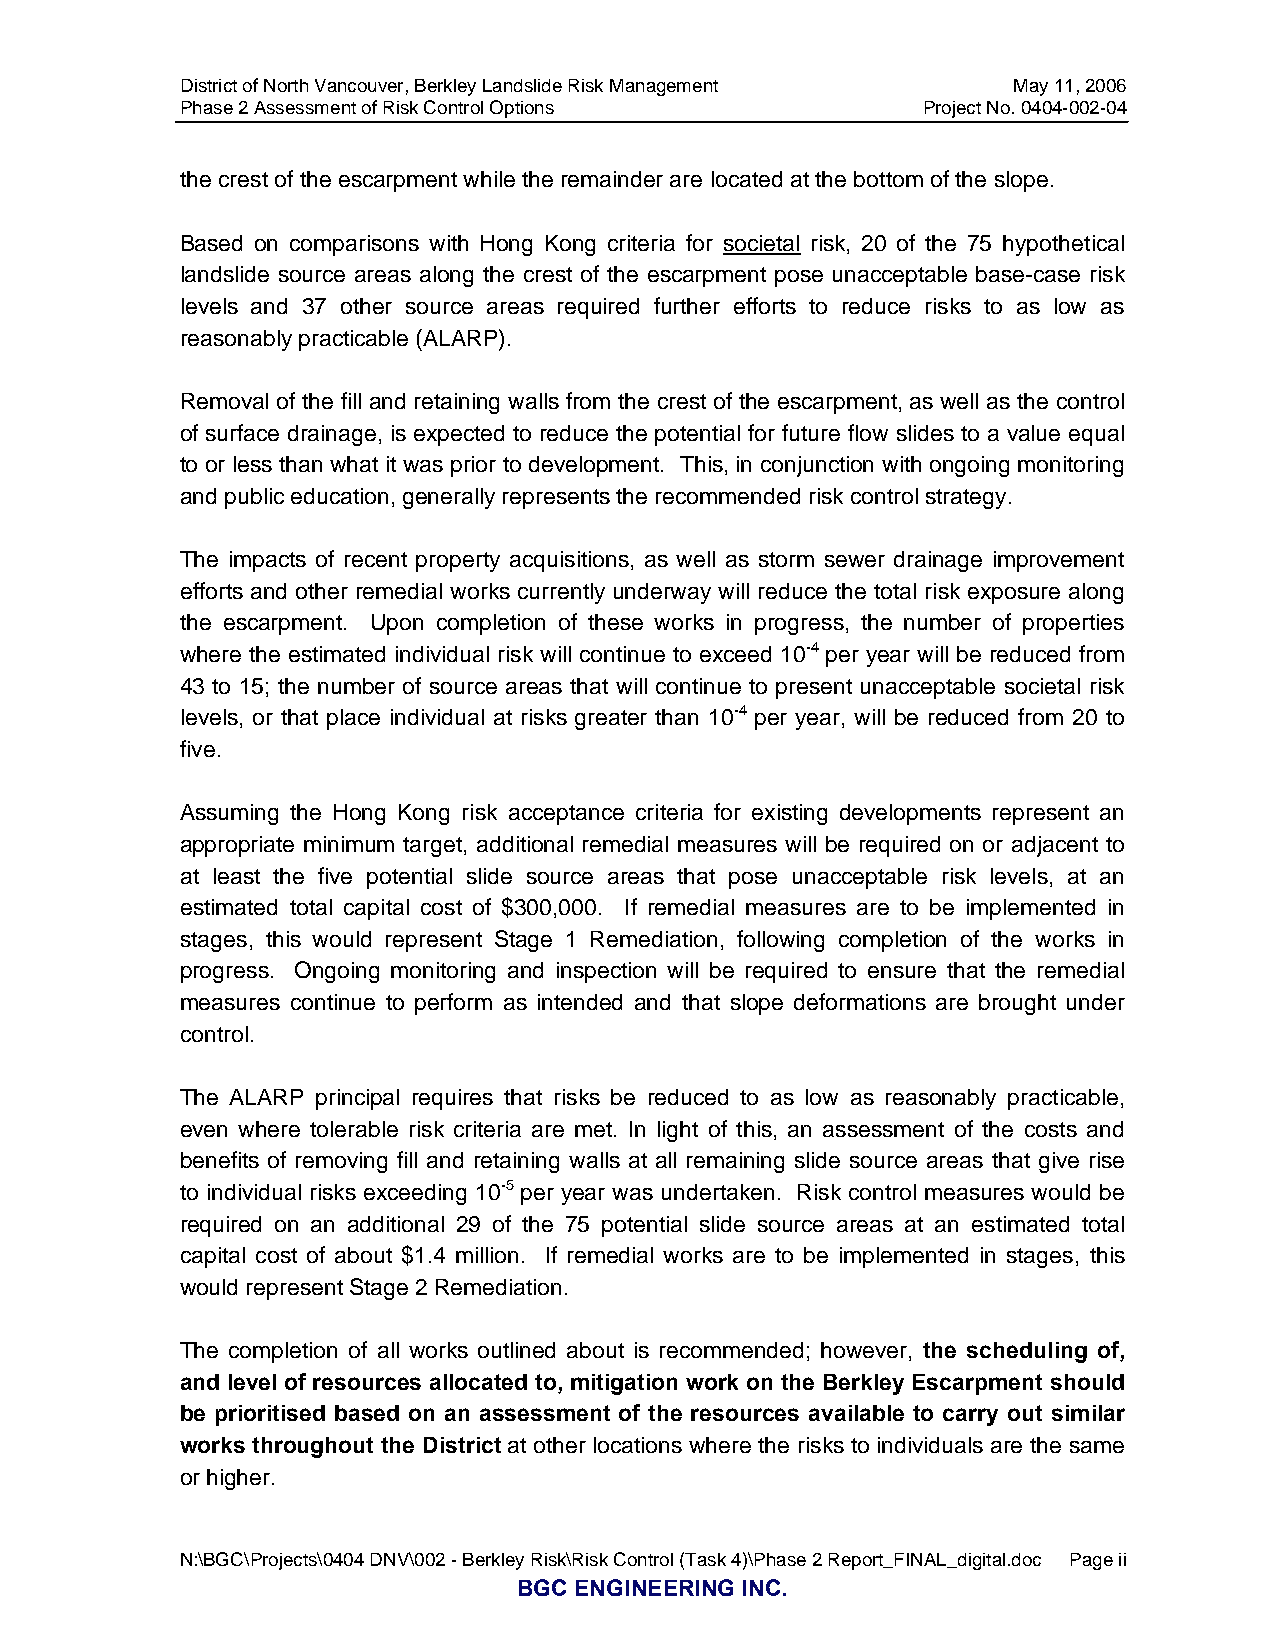
District of North Vancouver, Berkley Landslide Risk Management May 11, 2006
 Phase 2 Assessment of Risk Control Options       Project No. 0404-002-04
 the crest of the escarpment while the remainder are located at the bottom of the slope.
 Based on comparisons with Hong Kong criteria for societal risk, 20 of the 75 hypothetical
 landslide source areas along the crest of the escarpment pose unacceptable base-case risk
 levels and 37 other source areas required further efforts to reduce risks to as low as
 reasonably practicable (ALARP).
 Removal of the fill and retaining walls from the crest of the escarpment, as well as the control
 of surface drainage, is expected to reduce the potential for future flow slides to a value equal
 to or less than what it was prior to development. This, in conjunction with ongoing monitoring
 and public education, generally represents the recommended risk control strategy.
 The impacts of recent property acquisitions, as well as storm sewer drainage improvement
 efforts and other remedial works currently underway will reduce the total risk exposure along
 the escarpment. Upon completion of these works in progress, the number of properties
 where the estimated individual risk will continue to exceed 10-4 per year will be reduced from
 43 to 15; the number of source areas that will continue to present unacceptable societal risk
 levels, or that place individual at risks greater than 10-4 per year, will be reduced from 20 to
 five.
 Assuming the Hong Kong risk acceptance criteria for existing developments represent an
 appropriate minimum target, additional remedial measures will be required on or adjacent to
 at least the five potential slide source areas that pose unacceptable risk levels, at an
 estimated total capital cost of $300,000. If remedial measures are to be implemented in
 stages, this would represent Stage 1 Remediation, following completion of the works in
 progress. Ongoing monitoring and inspection will be required to ensure that the remedial
 measures continue to perform as intended and that slope deformations are brought under
 control.
 The ALARP principal requires that risks be reduced to as low as reasonably practicable,
 even where tolerable risk criteria are met. In light of this, an assessment of the costs and
 benefits of removing fill and retaining walls at all remaining slide source areas that give rise
 to individual risks exceeding 10-5 per year was undertaken. Risk control measures would be
 required on an additional 29 of the 75 potential slide source areas at an estimated total
 capital cost of about $1.4 million. If remedial works are to be implemented in stages, this
 would represent Stage 2 Remediation.
 The completion of all works outlined about is recommended; however, the scheduling of,
 and level of resources allocated to, mitigation work on the Berkley Escarpment should
 be prioritised based on an assessment of the resources available to carry out similar
 works throughout the District at other locations where the risks to individuals are the same
 or higher.
 N:\BGC\Projects\0404 DNV\002 - Berkley Risk\Risk Control (Task 4)\Phase 2 Report_FINAL_digital.doc Page ii
 BGC ENGINEERING INC.